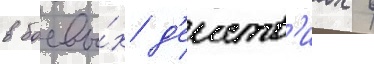
в боевы́х д'еиств'иах в